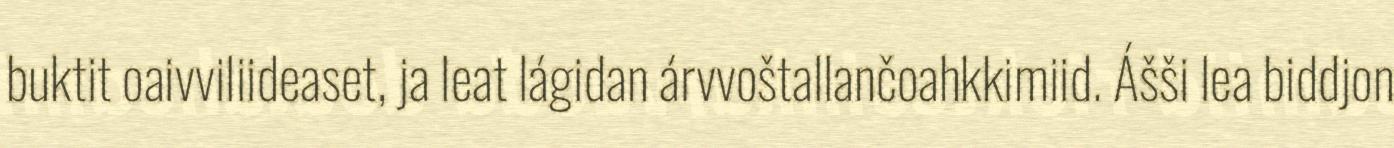
buktit oaivviliideaset, ja leat lágidan árvvoštallančoahkkimiid. Ášši lea biddjon